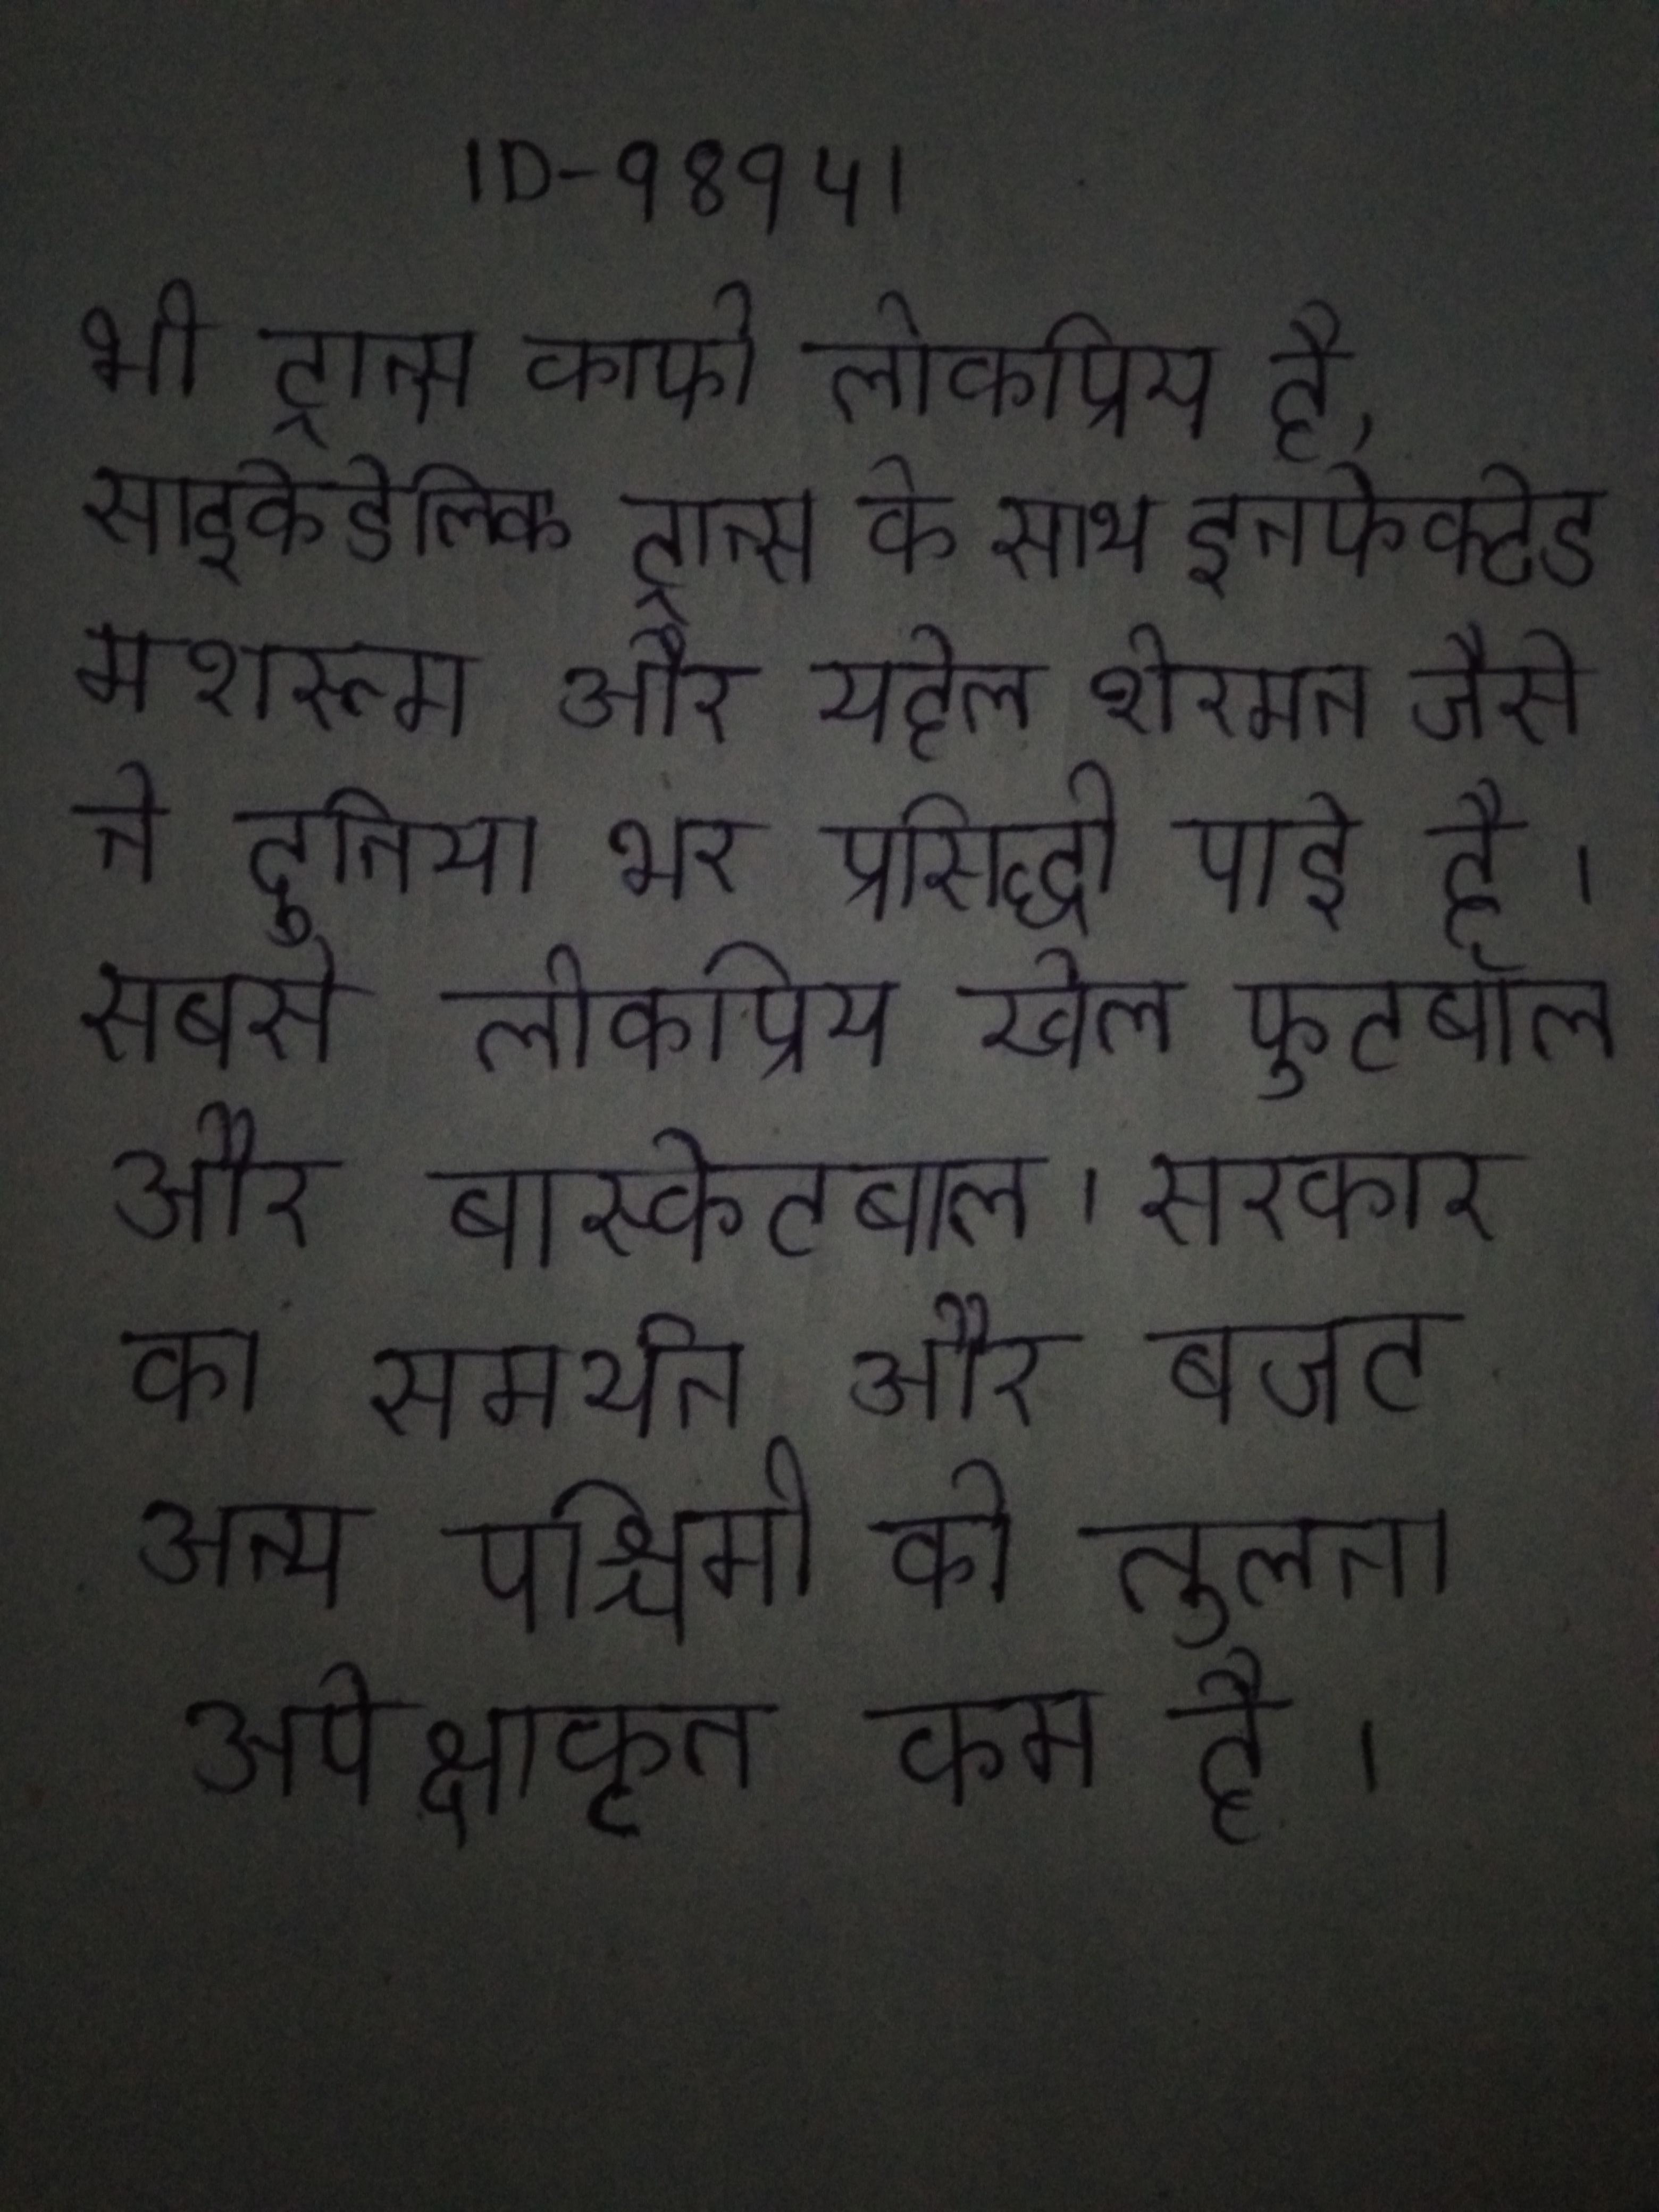
भी ट्रान्स काफी लोकप्रिय है, साइकेडेलिक ट्रान्स के साथ इनफेक्टेड मशरूम और यहेल शेरमन जैसे ने दुनिया भर प्रसिद्धी पाई है । सबसे लोकप्रिय खेल फुटबॉल और बास्केटबाल । सरकार का समर्थन और बजट अन्य पश्चिमी की तुलना अपेक्षाकृत कम है ।